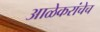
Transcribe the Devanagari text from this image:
आळेकरांचेच